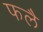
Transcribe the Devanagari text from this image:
फलै